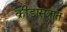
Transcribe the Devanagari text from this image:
क्रीडासत्रात